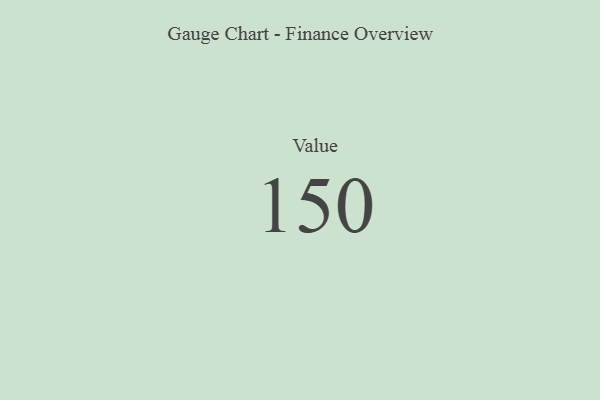
{"axis": {"x": "Metric", "y": "Value"}, "legend": [""], "data": [{"x": "Value", "y": 150, "type": ""}]}